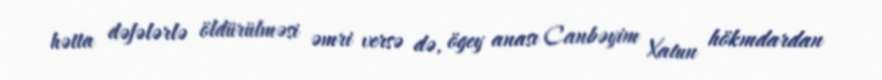
hətta dəfələrlə öldürülməsi əmri versə də, ögey anası Canbəyim Xatun hökmdardan